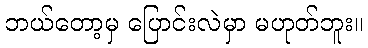
ဘယ်တော့မှ ပြောင်းလဲမှာ မဟုတ်ဘူး။